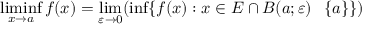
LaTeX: \operatorname* { l i m i n f } _ { x \to a } f ( x ) = \operatorname* { l i m } _ { \varepsilon \to 0 } ( \operatorname* { i n f } \{ f ( x ) : x \in E \cap B ( a ; \varepsilon ) \setminus \{ a \} \} )